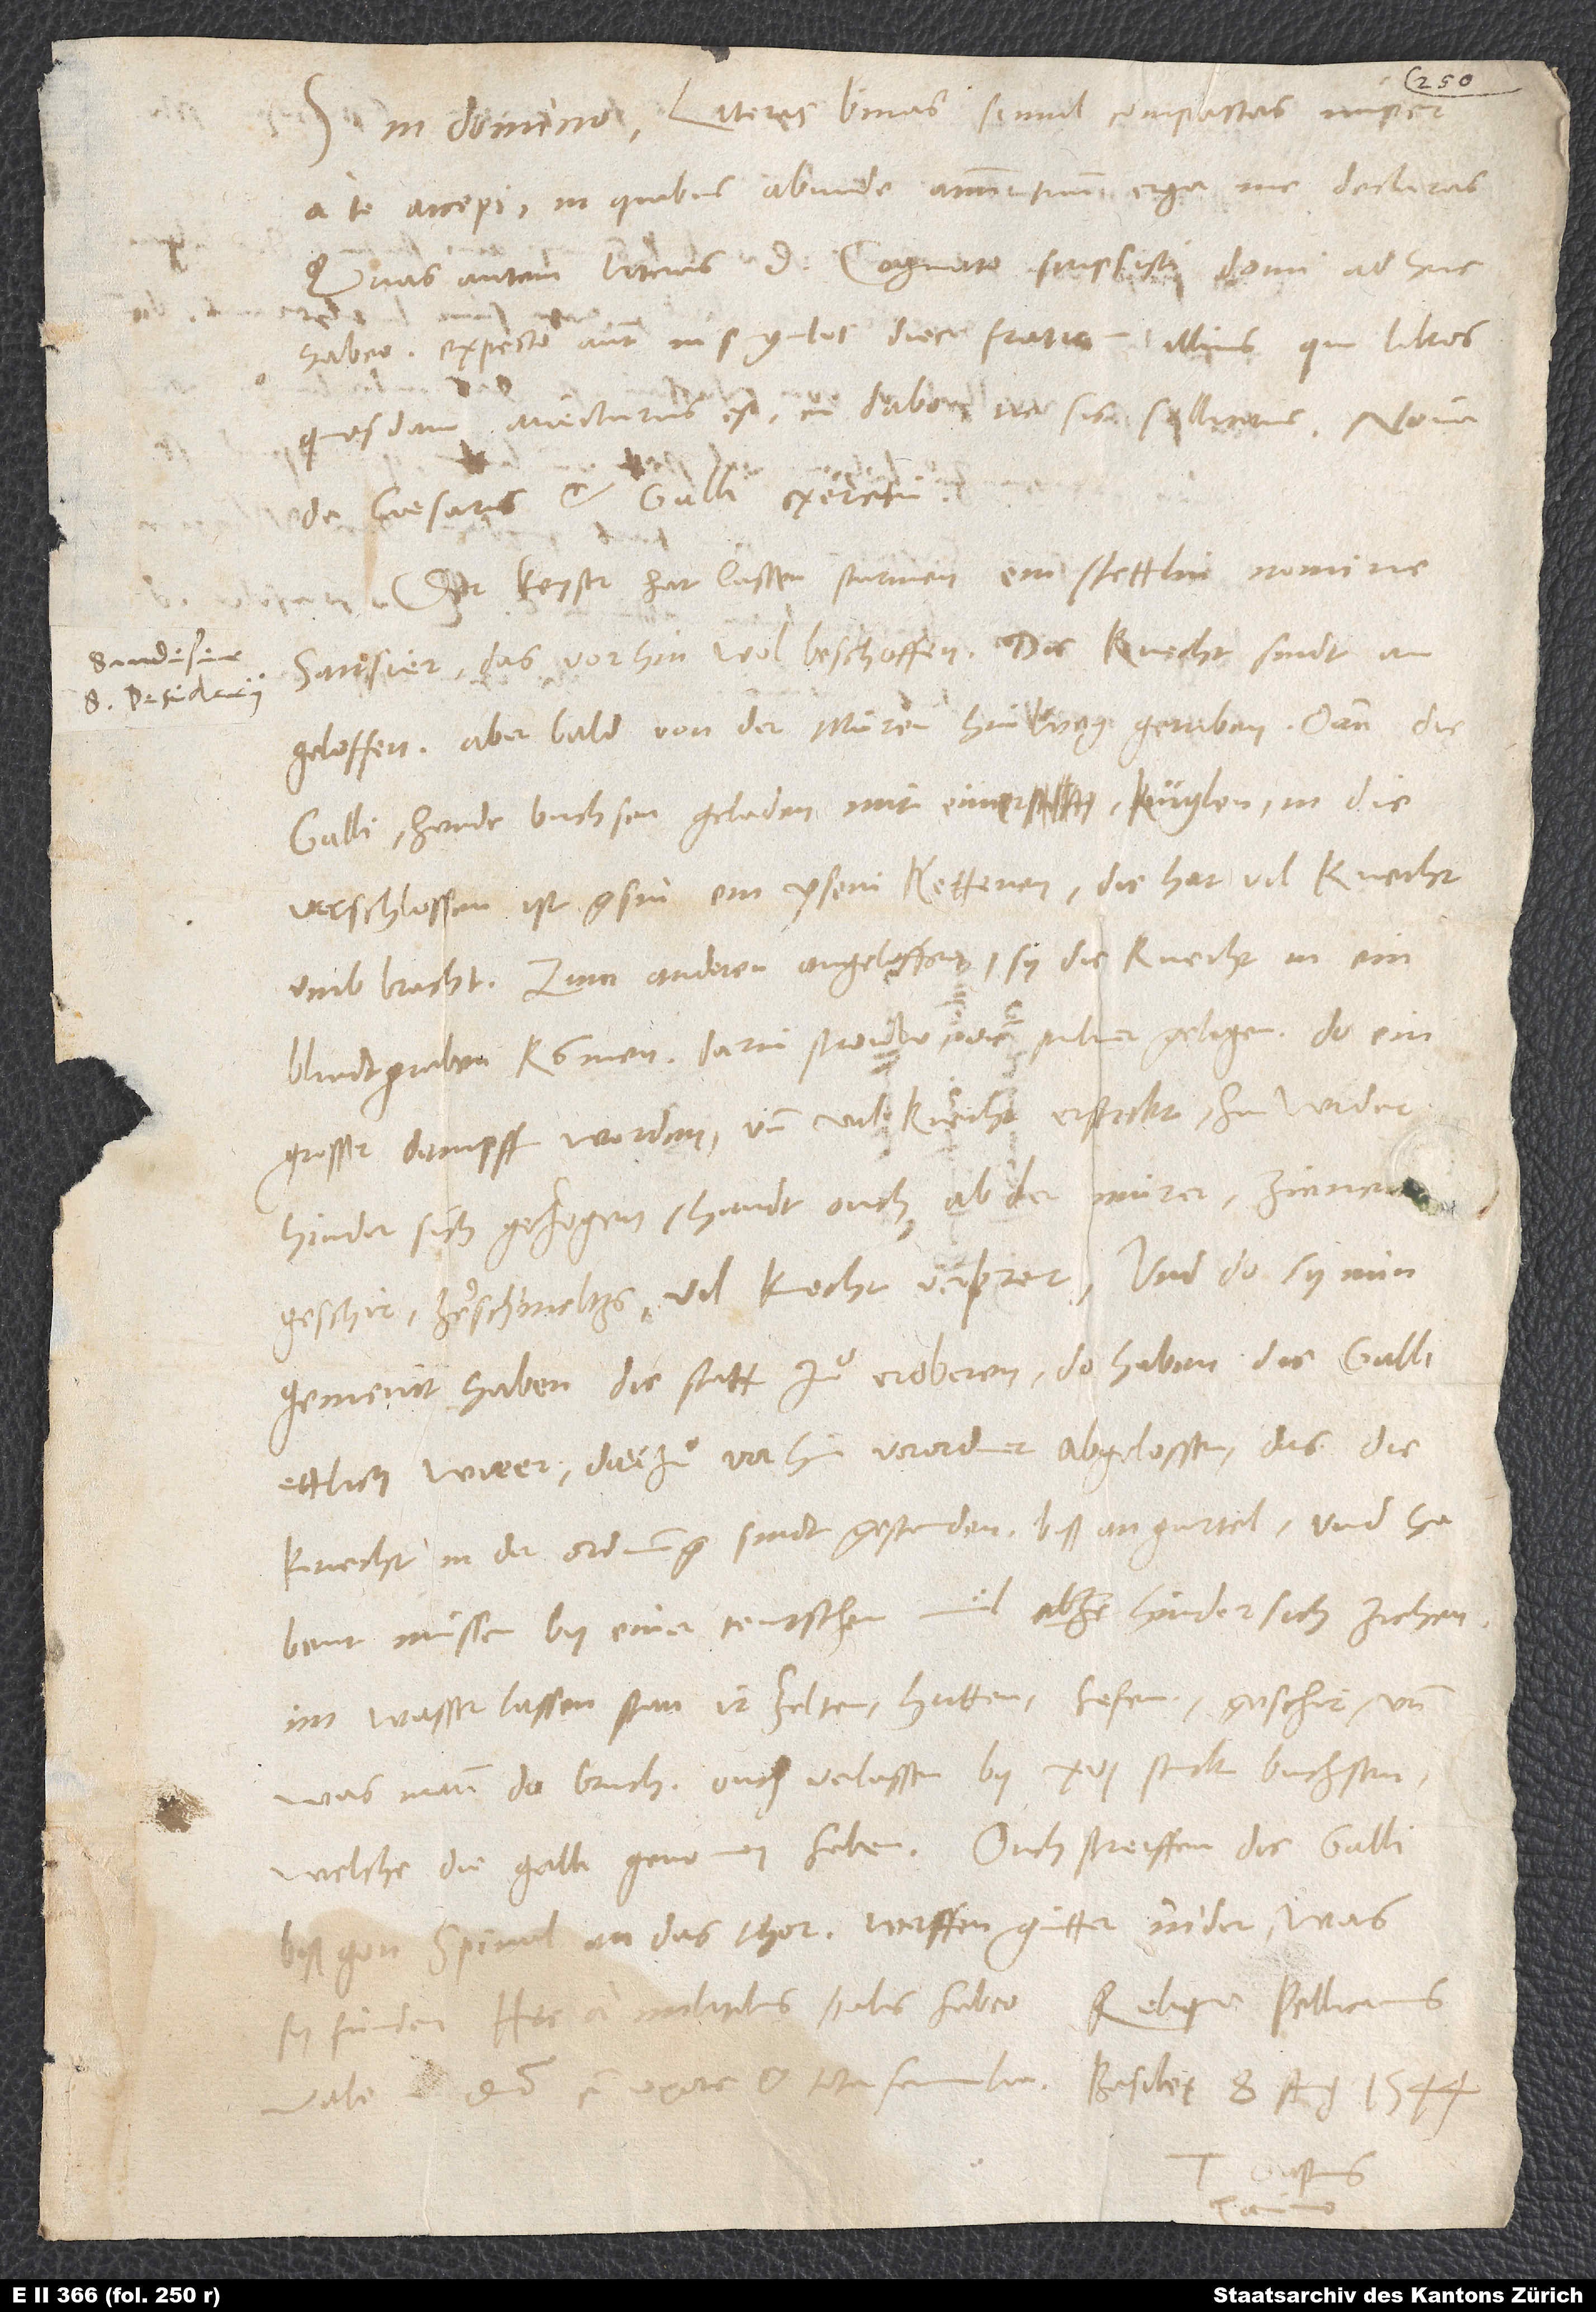
Literas binas simul compactas nuper
a te accepi, in quibus abunde animum tuum erga me declaras.
Quas autem literas d. Cognato scripsisti, domi adhuc
habeo. Expecto autem in singulos dies fratrem illius, qui libros
quosdam avecturus est, cui dabo, ne sis sollicitus.
de caesaris et Galli exercitu:
Der keyser hat lassen sturmen ein stettlin nomine
Santisier, das vorhin wol beschossen. Die knecht sindt
angeloffen, aber bald von der muren hinweg getriben; dann die
Galli hendt buchsen geladen mit einer kuglen, in die
verschlossen ist gsin ein yseni kettenen; die hat vil knecht
umb bracht. Zum anderen angeloffen, sy, die knecht, in ein
blindtgraben kommen, darin strouw und pulver gelegen, do ein
grosser dampff worden und vil knecht erstickt, hinwider
hinder sich gezogen, handt ouch ab der muren zinnen
geschir zerschmeltzs, vil knecht verprent. Und do sy nun
gemeint haben die statt zuͦ eroberen, do haben die Galli
ettlich wieer, darzuͦ vorhin verordnet, abgelossen, das die
knecht in der ordnung sindt gestanden biß an gurtel und habent
müssen by einer teutschen mil hinder sich ziehen,
im wasser lassen stan ir zelten, hutten, hefen, geschir und
was mann do bruch, ouch verlassen by 16 stuck buchsen,
biß gon Spinol an das thor, werffen gütter nider, was
sy finden. Hęc a militibus Italis habeo. Reliqua Pellicanus.
Vale in domino cum uxore et tota familia. Basileę, 8. augusti 1544.
Gastius
S.